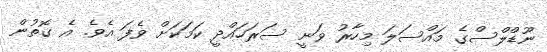
ނޫޑްލްސްގެ މައްސަލަ މިހާރު ވަނީ ސަރަހައްދީ ކަމަކަށް ވެފަ އެވެ. އެ ގޮތުން